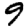
Digit: 9